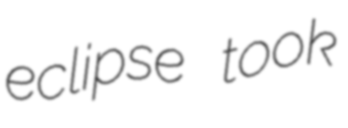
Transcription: eclipse took